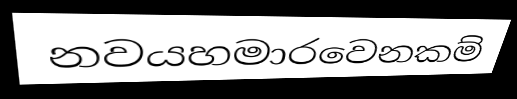
නවයහමාරවෙනකම්